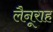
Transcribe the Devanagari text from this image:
लैनूराह